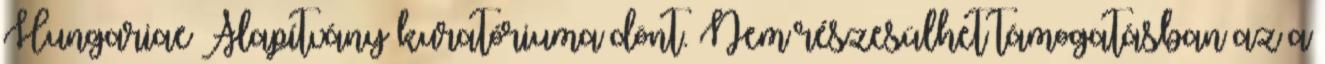
Hungariae Alapítvány kuratóriuma dönt. Nem részesülhet támogatásban az a